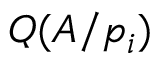
Q ( A / { \mathfrak { p } } _ { i } )